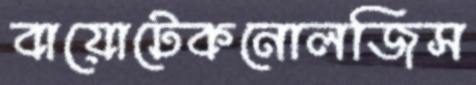
বায়োটেকনোলজিস